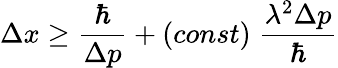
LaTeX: \Delta x\ge\frac{\hbar}{\Delta p}+(const)\; \frac{\lambda^{2}\Delta p}{\hbar}